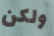
ولكن